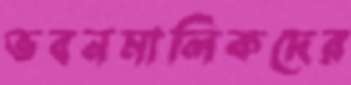
ভবনমালিকদের